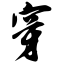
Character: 穿